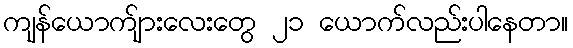
ကျန်ယောက်ျားလေးတွေ ၂၁ ယောက်လည်းပါနေတာ။